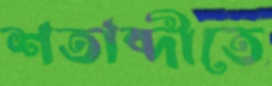
শতাব্দীতে